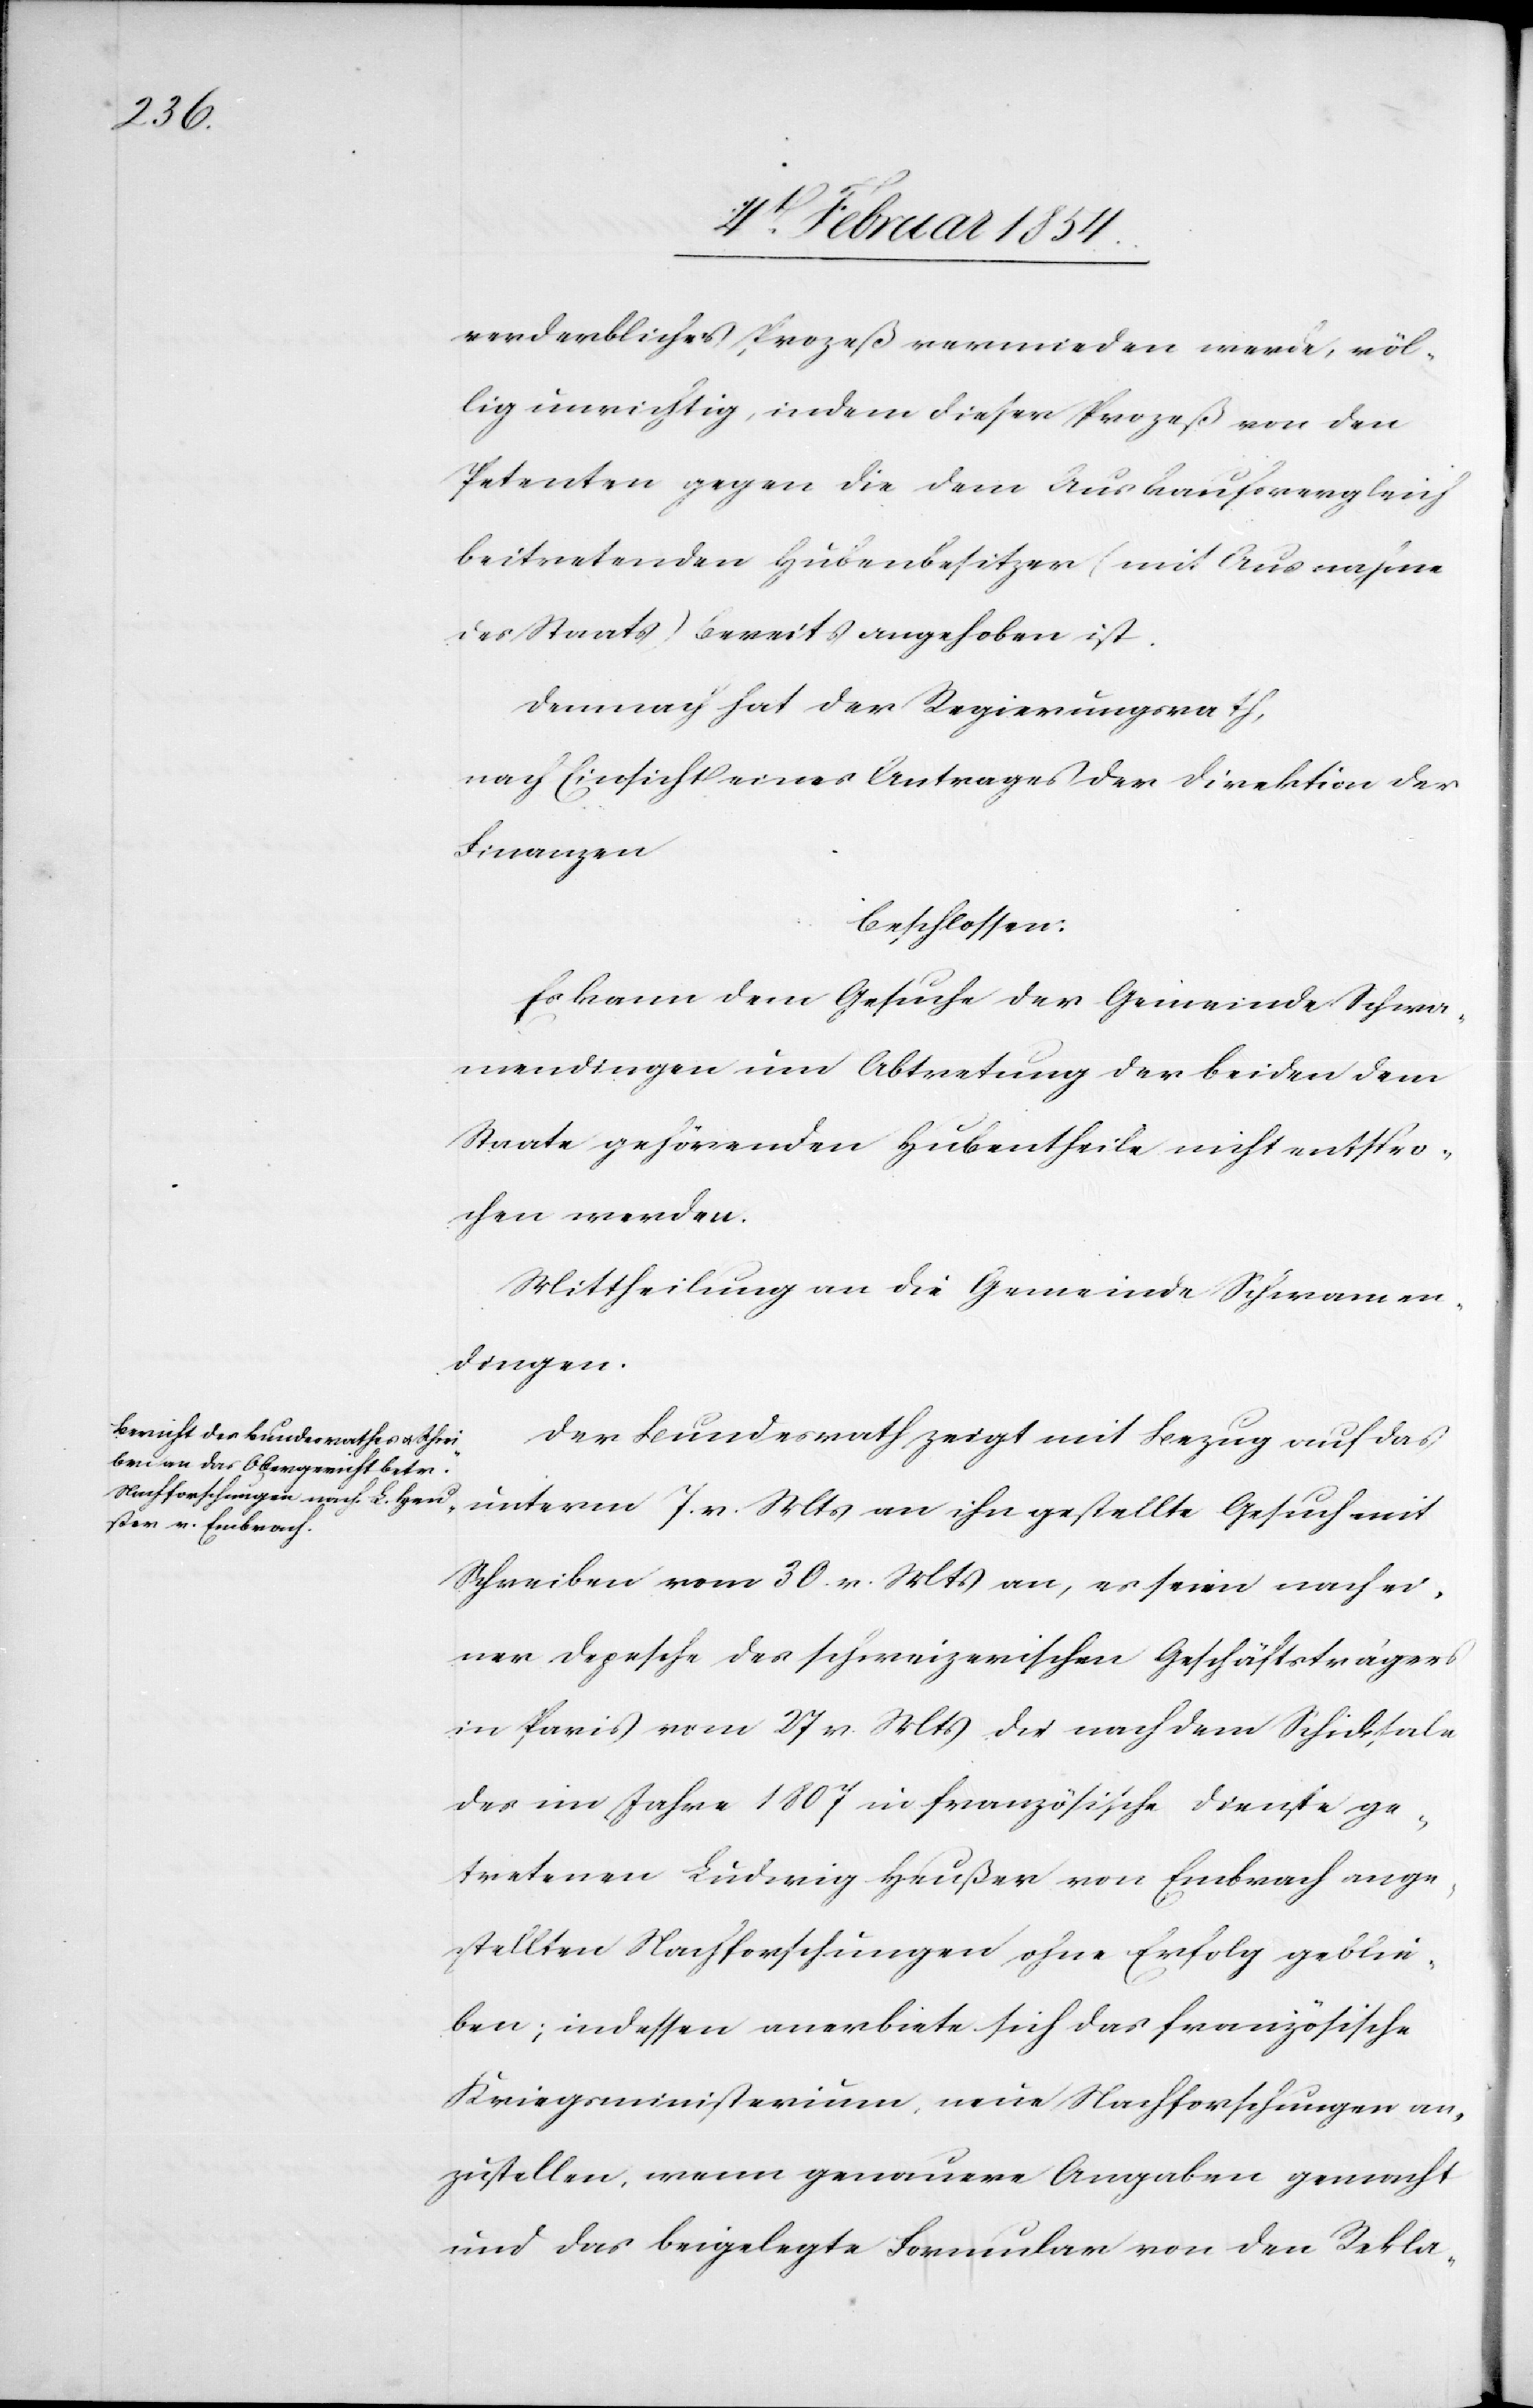
verderbliches [sic!] Prozeß vermieden werde, völ¬
lig unrichtig, indem dieser Prozeß von den
Petenten gegen die dem Auskaufsvergleich
beitretenden Hubenbesitzer (mit Ausnahme
des Staats) bereits aufgehoben ist.
Demnach hat der Regierungsrath,
nach Einsicht eines Antrages der Direktion der
Finanzen
beschlossen:
Es kann dem Gesuche der Gemeinde Schwa¬
mendingen um Abtretung der beiden dem
Staate gehörenden Hubentheile nicht entspro¬
chen werden.
Mitteilung an die Gemeinde Schwamen¬
dingen.
Der Bundesrath zeigt mit Bezug auf das
unterm 7. v. Mts an ihn gestellte Gesuch mit
Schreiben vom 30 v. Mts an, es seien nach ei¬
ner Depesche des schweizerischen Geschäftsträgers
in Paris vom 27 v. Mts die nach dem Schicksale
des im Jahre 1807 in französische Dienste ge¬
tretenen Ludwig Heußer von Embrach ange¬
stellten Nachforschungen ohne Erfolg geblie¬
ben; indessen anerbiete sich das französische
Kriegsministerium, neue Nachforschungen an¬
zustellen, wenn genauere Angaben gemacht
und das beigelegte Formular von den Rekla-